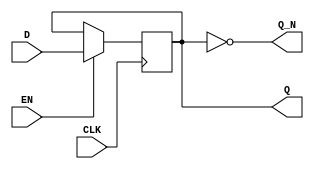
module edge_triggered_gated_latch (
    input wire D,       // Data input
    input wire EN,      // Enable input
    input wire CLK,     // Clock input
    output reg Q,       // Latch output
    output wire Q_N     // Complement of the latch output
);

// Complement output
assign Q_N = ~Q;

// Edge-triggered behavior on the rising edge of the clock
always @(posedge CLK) begin
    if (EN) begin
        Q <= D;  // Latch the data input when enabled
    end
    // If EN is low, Q retains its previous value
end

endmodule